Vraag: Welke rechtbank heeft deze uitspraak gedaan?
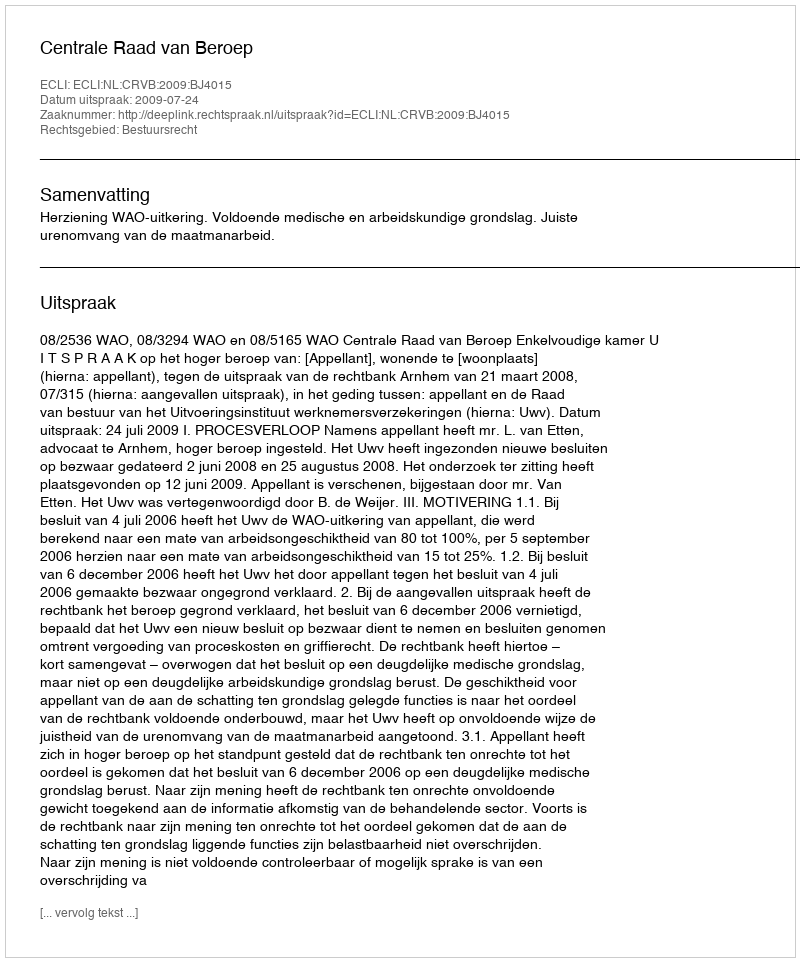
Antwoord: Centrale Raad van Beroep